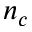
n _ { c }